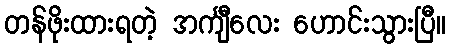
တန်ဖိုးထားရတဲ့ အင်္ကျီလေး ဟောင်းသွားပြီ။